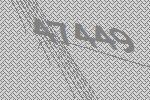
47449